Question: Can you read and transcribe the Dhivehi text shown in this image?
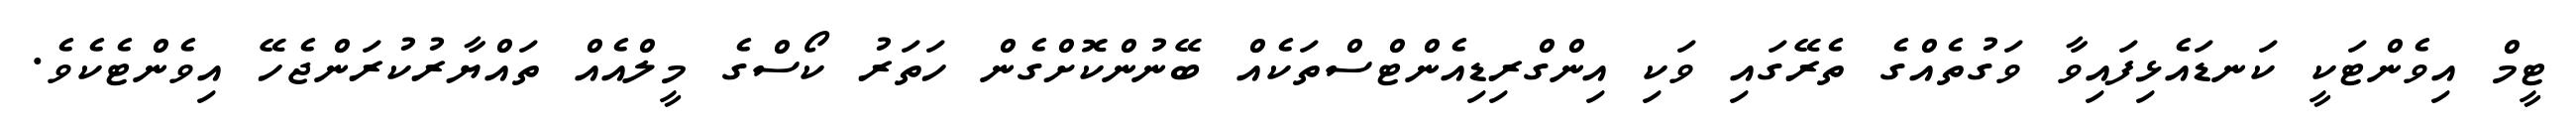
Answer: ޓީމް އިވެންޓަކީ ކަނޑައެޅިފައިވާ ވަގުތެއްގެ ތެރޭގައި ވަކި އިންގްރިޑިއެންޓްސްތަކެއް ބޭނުންކޮށްގެން ހަތަރު ކޯސްގެ މީލްއެއް ތައްޔާރުކުރަންޖެހޭ އިވެންޓެކެވެ.